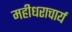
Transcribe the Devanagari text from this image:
महीधराचार्य